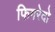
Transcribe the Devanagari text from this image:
फिगरेदो